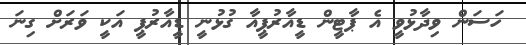
ހަސަން ވިދާޅުވީ އެ ޕާޓީން ޑީއާރުޕީއާ ގުޅުނީ ޑީއާރުޕީ އަކީ ވަރަށް ގިނަ